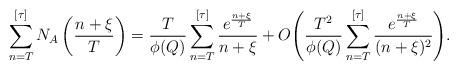
LaTeX: \begin{align*} \sum_{n=T}^{[\tau]} N_A\left(\frac{n+\xi}{T}\right) = \frac{T}{\phi(Q)} \sum_{n=T}^{[\tau]} \frac{e^{\frac{n+\xi}{T}}}{n+\xi} + O\Bigg(\frac{T^2}{\phi(Q)} \sum_{n=T}^{[\tau]} \frac{e^{\frac{n+\xi}{T}}}{(n+\xi)^2}\Bigg).\end{align*}